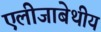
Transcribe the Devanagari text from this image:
एलीजाबेथीय